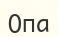
Опа